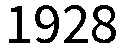
1928